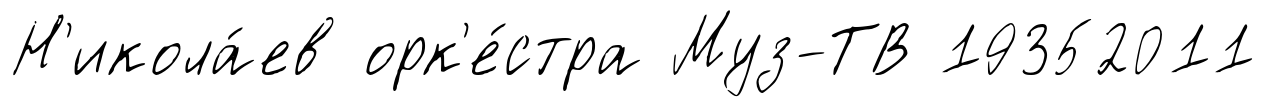
Н'икола́ев орк'е́стра Муз-ТВ 19352011